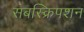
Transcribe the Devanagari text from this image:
सबस्क्रिपशन